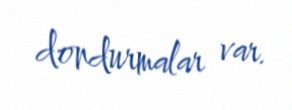
dondurmalar var.